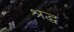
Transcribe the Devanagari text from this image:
श्रद्ध